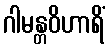
ဂါမန္တဝိဟာရိံ